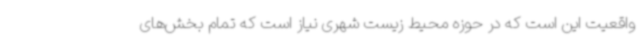
واقعیت این است که در حوزه محیط زیست شهری نیاز است که تمام بخش‌های